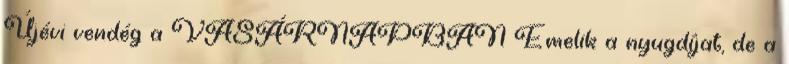
Újévi vendég a VASÁRNAPBAN Emelik a nyugdíjat, de a